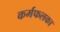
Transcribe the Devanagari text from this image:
कर्मफलका